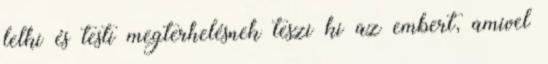
lelki és testi megterhelésnek teszi ki az embert, amivel